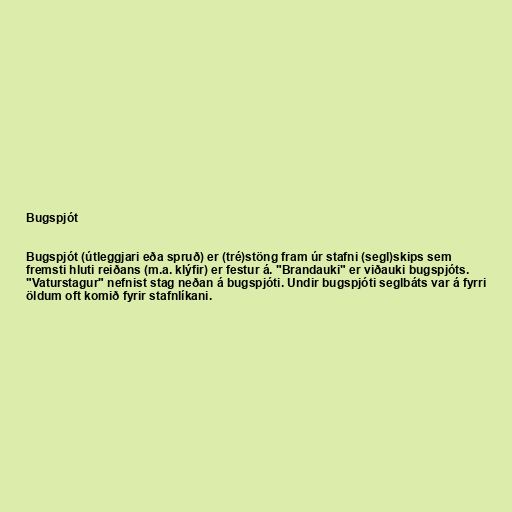
Bugspjót

Bugspjót (útleggjari eða spruð) er (tré)stöng fram úr stafni (segl)skips sem
fremsti hluti reiðans (m.a. klýfir) er festur á. "Brandauki" er viðauki bugspjóts.
"Vaturstagur" nefnist stag neðan á bugspjóti. Undir bugspjóti seglbáts var á fyrri
öldum oft komið fyrir stafnlíkani.